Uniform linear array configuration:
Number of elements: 16
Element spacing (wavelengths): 0.5
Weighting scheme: hamming
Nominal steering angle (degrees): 0
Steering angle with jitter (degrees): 0.5152
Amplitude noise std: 0.05
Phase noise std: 0.05

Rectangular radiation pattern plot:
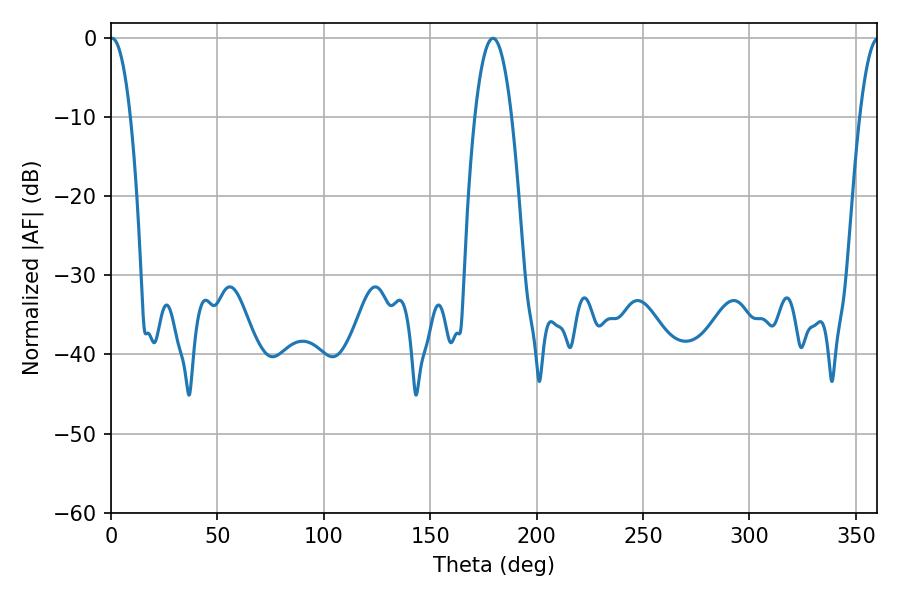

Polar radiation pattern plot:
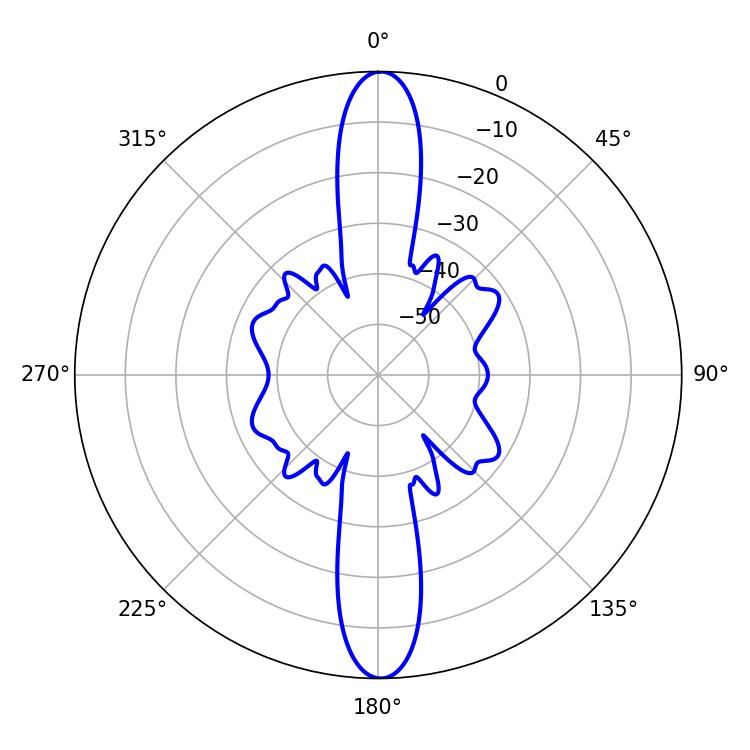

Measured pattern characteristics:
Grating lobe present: FALSE
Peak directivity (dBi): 28.595
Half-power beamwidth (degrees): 5.22
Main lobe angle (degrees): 0.54